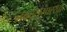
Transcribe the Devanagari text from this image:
नववधूसारखा